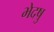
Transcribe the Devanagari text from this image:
भेदषु